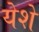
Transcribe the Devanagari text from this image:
येशे